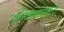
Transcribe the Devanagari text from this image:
एन्जियाल्कर्ट